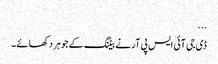
...
ڈی جی آئی ایس پی آر نے بیٹنگ کے جوہر دکھائے ۔